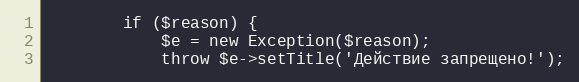
Language: PHP
        if ($reason) {
            $e = new Exception($reason);
            throw $e->setTitle('Действие запрещено!');